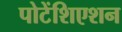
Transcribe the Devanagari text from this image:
पोटेंशिएशन